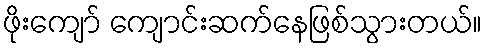
ဖိုးကျော် ကျောင်းဆက်နေဖြစ်သွားတယ်။